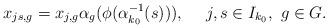
LaTeX: \begin{align*}x_{js,g}=x_{j,g}\alpha_g(\phi(\alpha_{k_0}^{-1}(s))),\ \ \ \ j,s\in I_{k_0},\ g\in G.\end{align*}